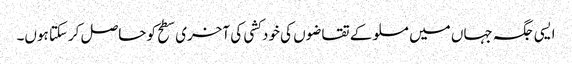
ایسی جگہ جہاں میں مسلو کے تقاضوں کی خود کشی کی آخری سطح کو حاصل کرسکتا ہوں۔